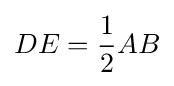
DE={\frac {1}{2}}AB